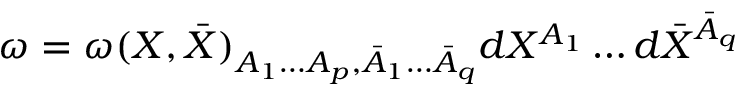
\omega = \omega ( X , \bar { X } ) _ { A _ { 1 } \ldots A _ { p } , \bar { A } _ { 1 } \ldots \bar { A } _ { q } } d X ^ { A _ { 1 } } \ldots d \bar { X } ^ { \bar { A } _ { q } }